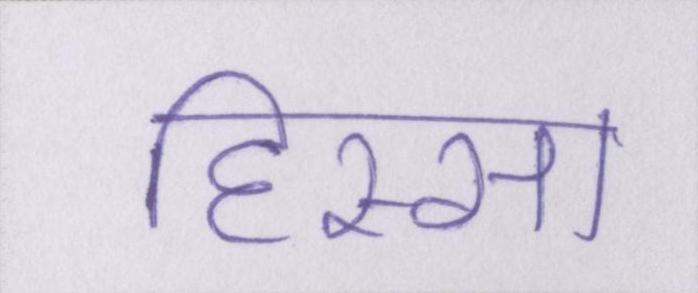
हिस्सा